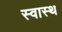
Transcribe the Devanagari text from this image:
स्‍वास्‍थ